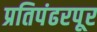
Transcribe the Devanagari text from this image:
प्रतिपंढरपूर